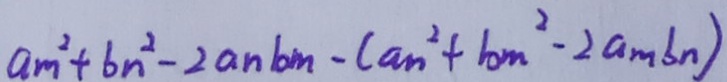
a _ { m } ^ { 2 } + b n ^ { 2 } - 2 a n b m - ( a n ^ { 2 } + b m ^ { 2 } - 2 a m b n )